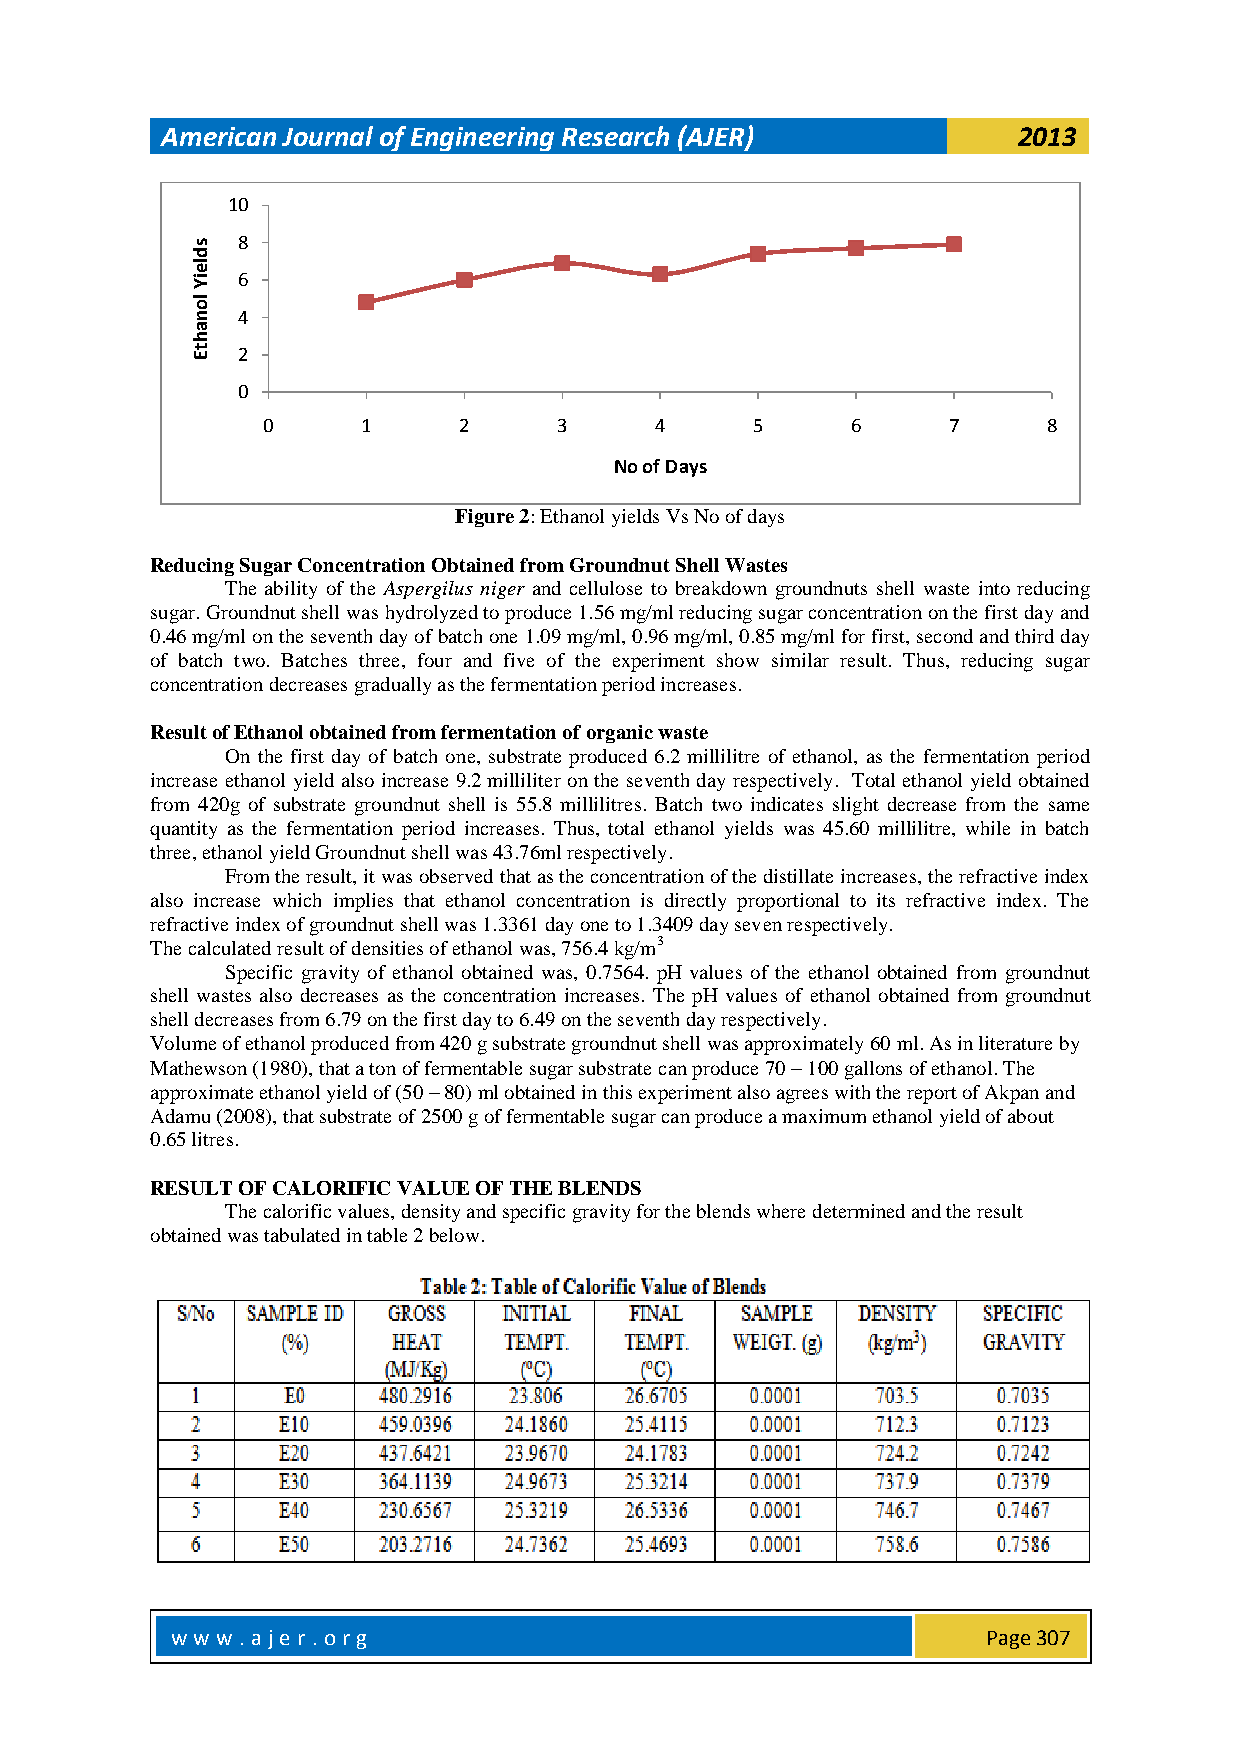
American Journal of Engineering Research (AJER)         2013
 10
 s  8
 d
 le
 iY 6
 lo
 n  4
 a
 h
 t E 2
 0
 0      1     2      3     4      5     6      7     8
 No of Days
 Figure 2: Ethanol yields Vs No of days
 Reducing Sugar Concentration Obtained from Groundnut Shell Wastes
 The ability of the Aspergilus niger and cellulose to breakdown groundnuts shell waste into reducing
 sugar. Groundnut shell was hydrolyzed to produce 1.56 mg/ml reducing sugar concentration on the first day and
 0.46 mg/ml on the seventh day of batch one 1.09 mg/ml, 0.96 mg/ml, 0.85 mg/ml for first, second and third day
 of batch two. Batches three, four and five of the experiment show similar result. Thus, reducing sugar
 concentration decreases gradually as the fermentation period increases.
 Result of Ethanol obtained from fermentation of organic waste
 On the first day of batch one, substrate produced 6.2 millilitre of ethanol, as the fermentation period
 increase ethanol yield also increase 9.2 milliliter on the seventh day respectively. Total ethanol yield obtained
 from 420g of substrate groundnut shell is 55.8 millilitres. Batch two indicates slight decrease from the same
 quantity as the fermentation period increases. Thus, total ethanol yields was 45.60 millilitre, while in batch
 three, ethanol yield Groundnut shell was 43.76ml respectively.
 From the result, it was observed that as the concentration of the distillate increases, the refractive index
 also increase which implies that ethanol concentration is directly proportional to its refractive index. The
 refractive index of groundnut shell was 1.3361 day one to 1.3409 day seven respectively.
 The calculated result of densities of ethanol was, 756.4 kg/m3
 Specific gravity of ethanol obtained was, 0.7564. pH values of the ethanol obtained from groundnut
 shell wastes also decreases as the concentration increases. The pH values of ethanol obtained from groundnut
 shell decreases from 6.79 on the first day to 6.49 on the seventh day respectively.
 Volume of ethanol produced from 420 g substrate groundnut shell was approximately 60 ml. As in literature by
 Mathewson (1980), that a ton of fermentable sugar substrate can produce 70 – 100 gallons of ethanol. The
 approximate ethanol yield of (50 – 80) ml obtained in this experiment also agrees with the report of Akpan and
 Adamu (2008), that substrate of 2500 g of fermentable sugar can produce a maximum ethanol yield of about
 0.65 litres.
 RESULT OF CALORIFIC VALUE OF THE BLENDS
 The calorific values, density and specific gravity for the blends where determined and the result
 obtained was tabulated in table 2 below.
 w w w .aje r. o rg                                    Page 307